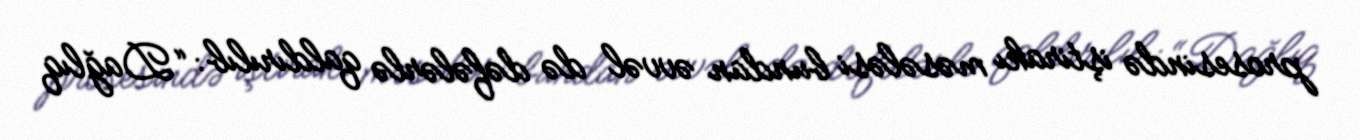
prosesində iştirakı məsələsi bundan əvvəl də dəfələrlə qaldırılıb: “Dağlıq